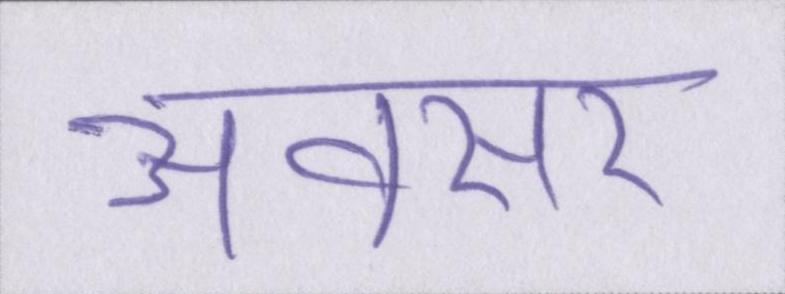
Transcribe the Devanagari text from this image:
अवसर